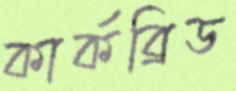
কার্কব্রিড